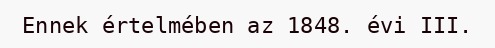
Ennek értelmében az 1848. évi III.